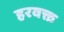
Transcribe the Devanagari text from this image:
हरवक्त